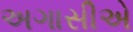
અગાસીએ